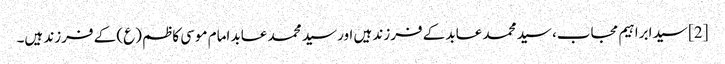
[2] سید ابراہیم مجاب، سید محمد عابد کے فرزند ہیں اور سید محمد عابد امام موسی کاظم (ع) کے فرزند ہیں۔